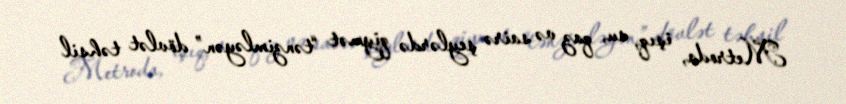
Metroda, işıq, su, qaz və sairə şeylərdə qiymət “tənzimləyən” dövlət təhsil